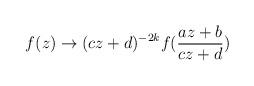
LaTeX: \begin{align*}f(z) \rightarrow (c z + d)^{- 2 k} f(\frac{a z + b}{c z + d})\end{align*}